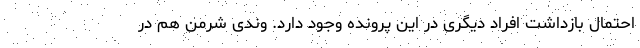
احتمال بازداشت افراد دیگری در این پرونده وجود دارد. وندی شرمن هم در